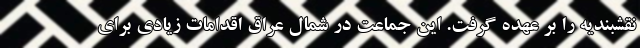
نقشبندیه را بر عهده گرفت. این جماعت در شمال عراق اقدامات زیادی برای